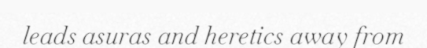
leads asuras and heretics away from